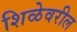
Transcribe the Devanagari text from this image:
शिळेवरील